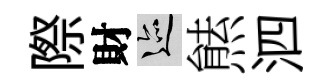
際財迹㷱泗